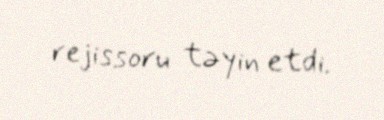
rejissoru təyin etdi.